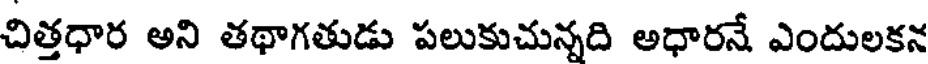
చిత్తధార అని తథాగతుడు పలుకుచున్నది అధారనే ఎందులకన